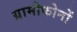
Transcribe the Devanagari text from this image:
ग्रामोफोनों